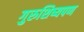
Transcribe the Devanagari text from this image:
गुरुशिष्यपण